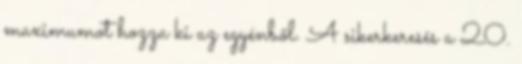
maximumot hozza ki az egyénből. A sikerkeresés a 20.